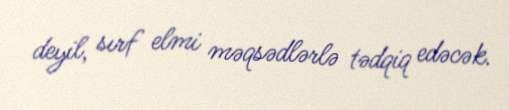
deyil, sırf elmi məqsədlərlə tədqiq edəcək.